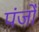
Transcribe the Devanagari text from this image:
पंजोँ